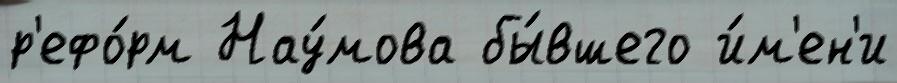
р'ефо́рм Нау́мова бы́вшего и́м'ен'и